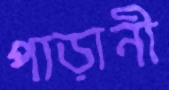
পাড়ানী